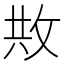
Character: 𢼭